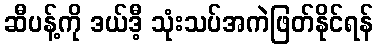
ဆီပန့်ကို ဒယ်ဒီ့ သုံးသပ်အကဲဖြတ်နိုင်ရန်